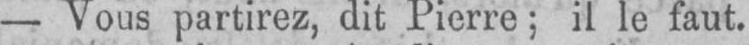
- Vous partirez, dit Pierre; il le faut.